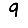
Digit: 9